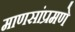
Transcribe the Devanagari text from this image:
माणसांप्रमणे